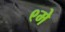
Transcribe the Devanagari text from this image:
९मे